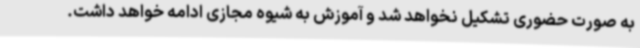
به صورت حضوری تشکیل نخواهد شد و آموزش به شیوه مجازی ادامه خواهد داشت.